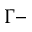
\Gamma -